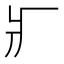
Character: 𤕫